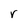
Character: r